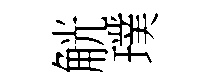
觥璞